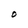
Character: O